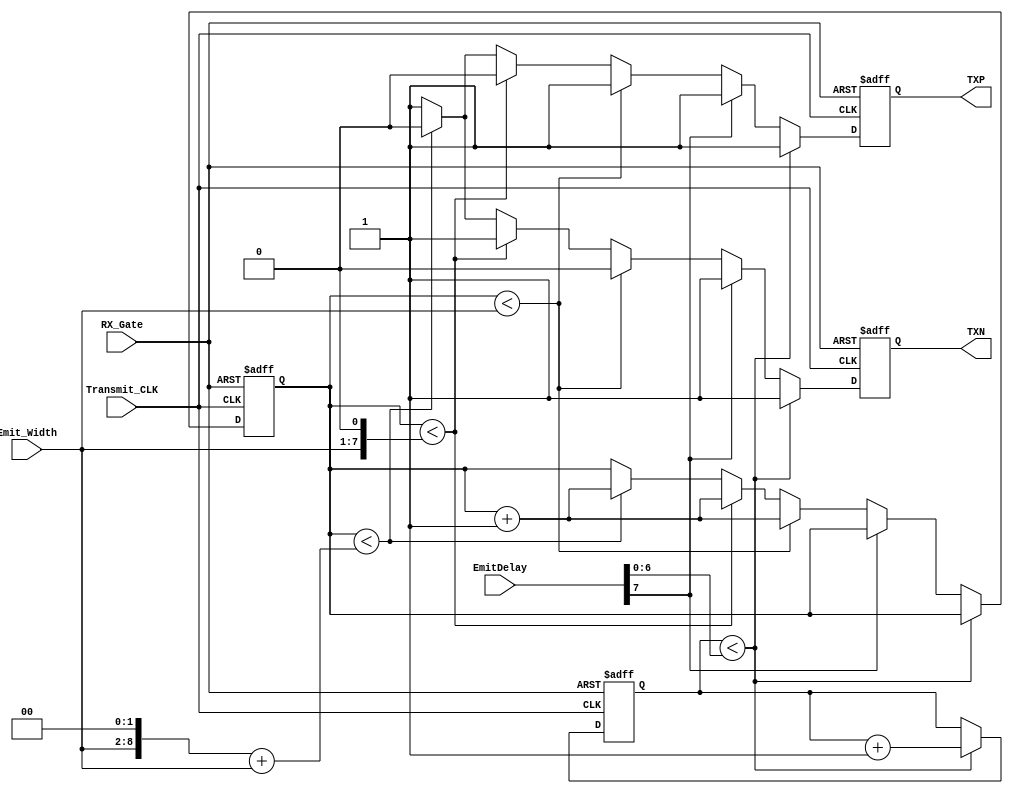
module  EmitOneCH
(
  input   Transmit_CLK,               //80MHz            
  input   RX_Gate,                    //Transmit Enable
  input   [7:0] EmitDelay,            //7th bit for Transmit Enable, 6:0 for Delay                   
  input   [6:0] Emit_Width,           //Emit pulse width
  output  reg TXP,
  output  reg TXN
  );  
    
  reg  [6:0]  Emit_Counter;
  reg  [6:0]  Delay_Counter;
    
  always @(posedge Transmit_CLK or negedge RX_Gate)
  begin
  	if(~RX_Gate) begin
  		Emit_Counter <= 7'd0;
  		Delay_Counter <= 8'd0;
  		TXP <= 1'b1;
  		TXN <= 1'b1;
  	end
  	else
  		begin
  		  if(Delay_Counter < EmitDelay[6:0] ) begin
  				Delay_Counter <= Delay_Counter + 1'b1;
  				TXP <= 1'b1;
				TXN <= 1'b1;
		  end
  		  else begin
			if(~EmitDelay[7]) begin  //enble Emit
				if(Emit_Counter <Emit_Width)begin                        // Positive Pulse
					TXP <= 1'b1;
					TXN <= 1'b0;
					Emit_Counter <= Emit_Counter + 1'b1;
				end
				else if(Emit_Counter <{Emit_Width,1'b0})begin           // Negetive Pulse
					TXP <= 1'b0;
					TXN <= 1'b1;
					Emit_Counter <= Emit_Counter + 1'b1;
				end		
				/*
				else if(Emit_Counter <({Emit_Width,1'b0}+Emit_Width))begin  // Positive Pulse
					TXP <= 1'b1;
					TXN <= 1'b0;
					Emit_Counter <= Emit_Counter + 1'b1;
				end
				
				
				else if(Emit_Counter <{Emit_Width,2'b0})begin             // Negetive Pulse
					TXP <= 1'b0;
					TXN <= 1'b1;
					Emit_Counter <= Emit_Counter + 1'b1;
				end								
				*/
				else if(Emit_Counter <({Emit_Width,2'b0}+Emit_Width))begin             //Return to Zero (RTZ)
					TXP <= 1'b0;
					TXN <= 1'b0;
					Emit_Counter <= Emit_Counter + 1'b1;
				end
				
				else begin                                               
					TXP <= 1'b1;
					TXN <= 1'b1;
				end
				
				
			end
			else begin              //disable Emit
				TXP <= 1'b1;
				TXN <= 1'b1;
			end


		  end
	   end
  end

    
endmodule